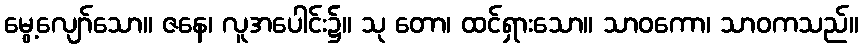
မွေ့လျော်သော။ ဇနေ၊ လူအပေါင်း၌။ သု တော၊ ထင်ရှားသော။ သာဝကော၊ သာဝကသည်။